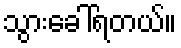
သွားခေါ်ရတယ်။